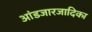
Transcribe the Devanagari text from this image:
आंडजारजादिका